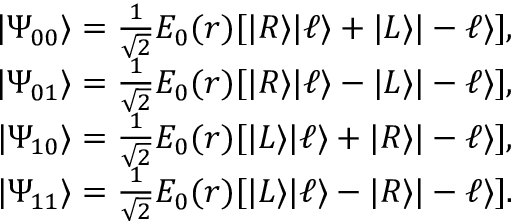
\begin{array} { r } { | \Psi _ { 0 0 } \rangle = \frac { 1 } { \sqrt { 2 } } E _ { 0 } ( r ) [ | R \rangle | \ell \rangle + | L \rangle | - \ell \rangle ] , } \\ { | \Psi _ { 0 1 } \rangle = \frac { 1 } { \sqrt { 2 } } E _ { 0 } ( r ) [ | R \rangle | \ell \rangle - | L \rangle | - \ell \rangle ] , } \\ { | \Psi _ { 1 0 } \rangle = \frac { 1 } { \sqrt { 2 } } E _ { 0 } ( r ) [ | L \rangle | \ell \rangle + | R \rangle | - \ell \rangle ] , } \\ { | \Psi _ { 1 1 } \rangle = \frac { 1 } { \sqrt { 2 } } E _ { 0 } ( r ) [ | L \rangle | \ell \rangle - | R \rangle | - \ell \rangle ] . } \end{array}